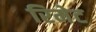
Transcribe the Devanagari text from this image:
रिमेट